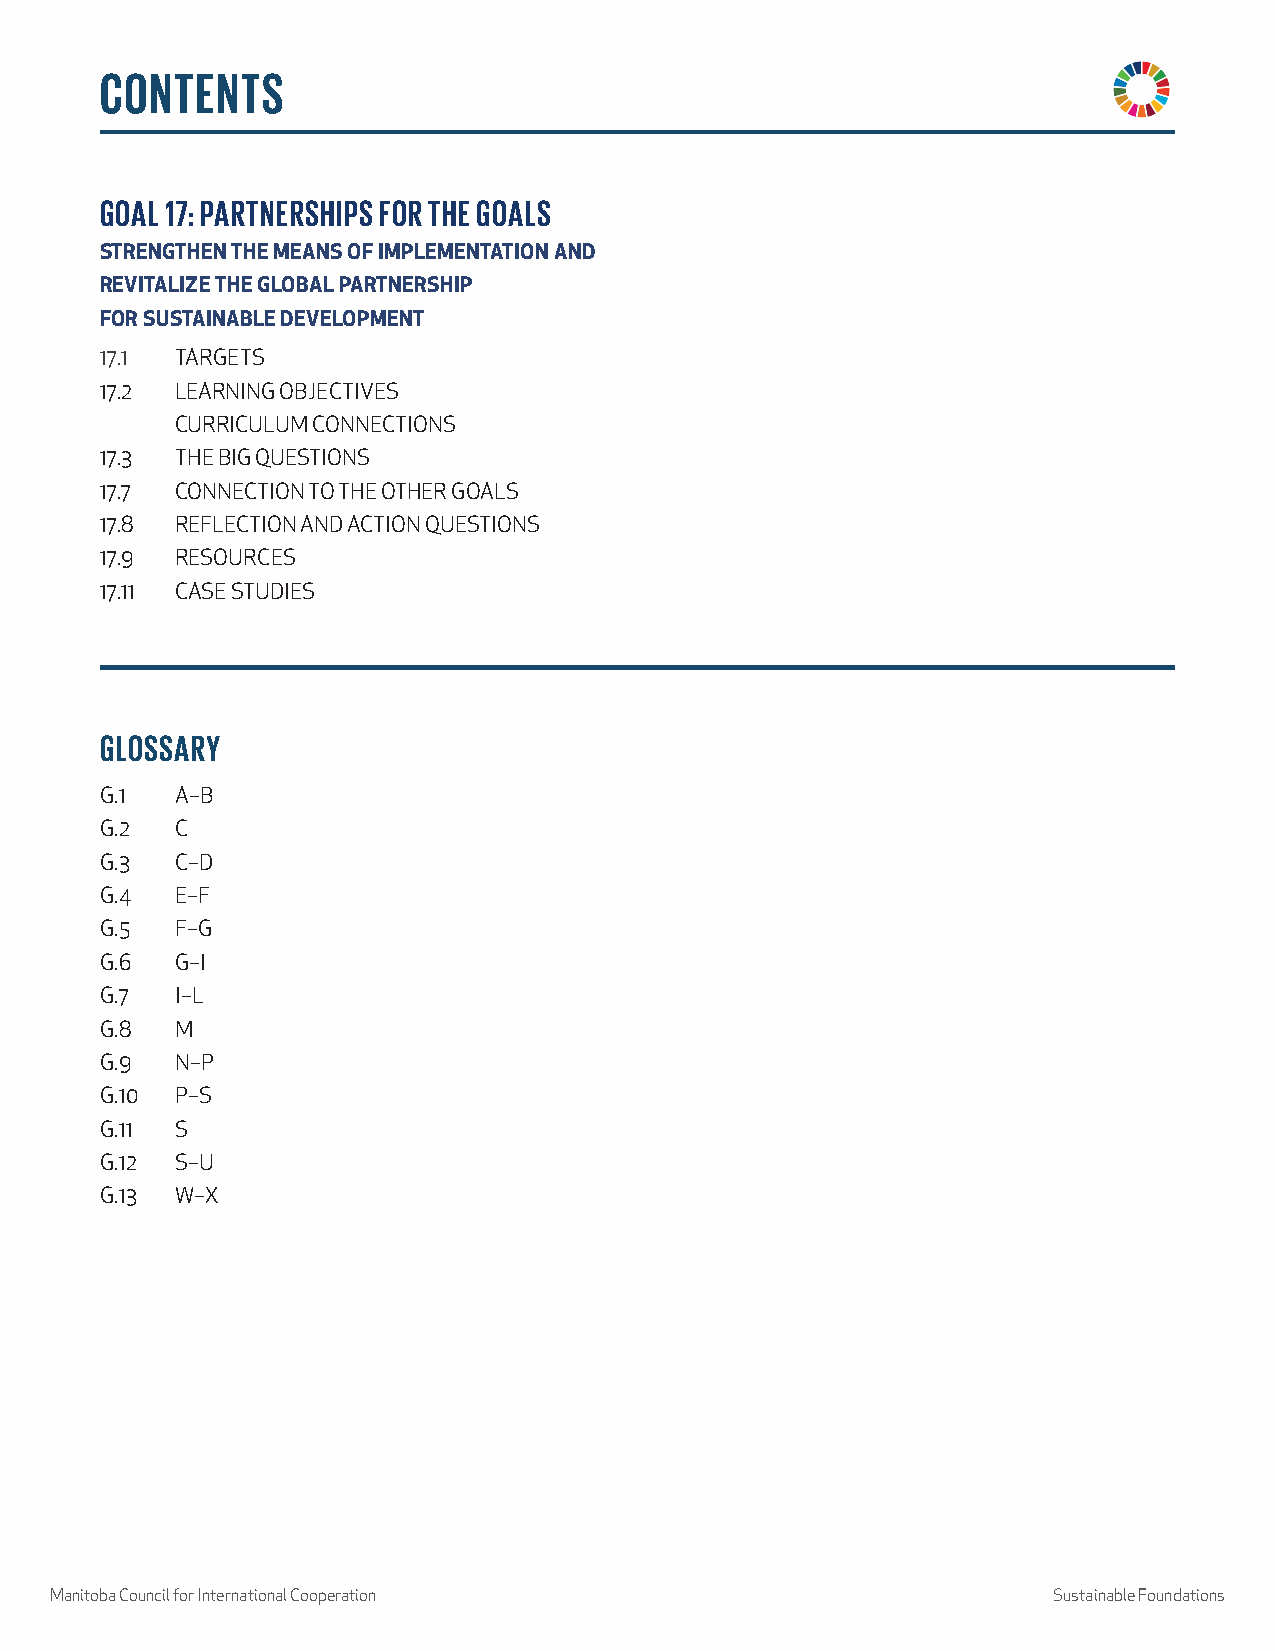
CONTENTS
 GOAL 17: PARTNERSHIPS FOR THE GOALS
 STRENGTHEN THE MEANS OF IMPLEMENTATION AND
 REVITALIZE THE GLOBAL PARTNERSHIP
 FOR SUSTAINABLE DEVELOPMENT
 17.1 TARGETS
 17.2 LEARNING OBJECTIVES
 CURRICULUM CONNECTIONS
 17.3 THE BIG QUESTIONS
 17.7 CONNECTION TO THE OTHER GOALS
 17.8 REFLECTION AND ACTION QUESTIONS
 17.9 RESOURCES
 17.11 CASE STUDIES
 GLOSSARY
 G.1  A–B
 G.2  C
 G.3  C–D
 G.4  E–F
 G.5  F–G
 G.6  G–I
 G.7  I–L
 G.8  M
 G.9  N–P
 G.10 P–S
 G.11 S
 G.12 S–U
 G.13 W–X
 Manitoba Council for International Cooperation                     Sustainable Foundations